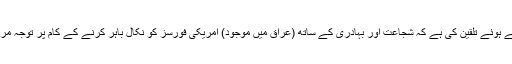
مفتی مہدی الصمیدعی نے وزیراعظم مصطفی الکاظمی کو وزارت عظمی کی مبارکباد پیش کرتے ہوئے تلقین کی ہے کہ شجاعت اور بہادری کے ساتھ (عراق میں موجود) امریکی فورسز کو نکال باہر کرنے کے کام پر توجہ مرکوز کریں کیونکہ یہ (امریکی فورسز) طاقتور اور امین (عراقی) افواج کو ختم کر دینا چاہتی ہیں۔